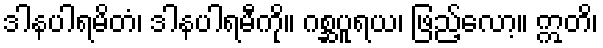
ဒါနပါရမိတံ၊ ဒါနပါရမီကို။ ဂစ္ဆပူရယ၊ ဖြည့်လော့။ ဣတိ၊